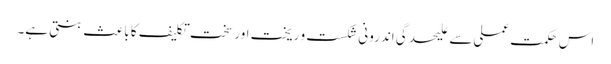
اس حکمت عملی سے علیحدگی اندرونی شکست و ریخت اور سخت تکلیف کا با عث بنتی ہے۔